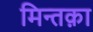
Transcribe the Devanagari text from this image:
मिन्तक़ा